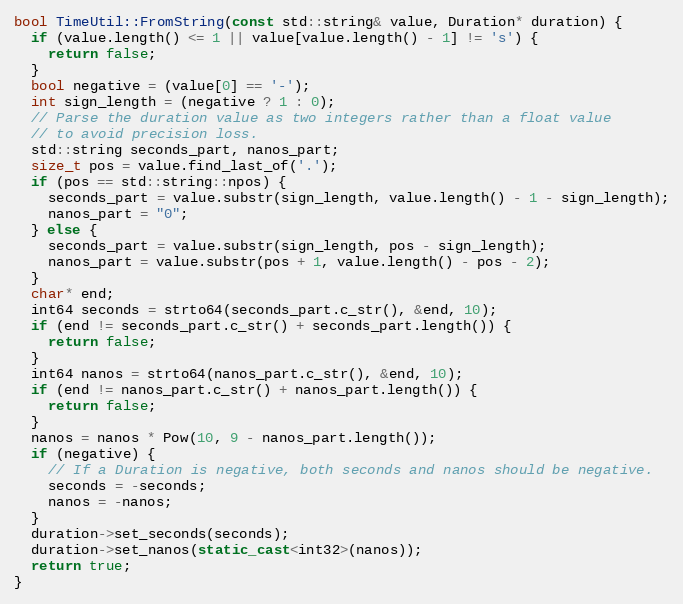
Language: C++
bool TimeUtil::FromString(const std::string& value, Duration* duration) {
  if (value.length() <= 1 || value[value.length() - 1] != 's') {
    return false;
  }
  bool negative = (value[0] == '-');
  int sign_length = (negative ? 1 : 0);
  // Parse the duration value as two integers rather than a float value
  // to avoid precision loss.
  std::string seconds_part, nanos_part;
  size_t pos = value.find_last_of('.');
  if (pos == std::string::npos) {
    seconds_part = value.substr(sign_length, value.length() - 1 - sign_length);
    nanos_part = "0";
  } else {
    seconds_part = value.substr(sign_length, pos - sign_length);
    nanos_part = value.substr(pos + 1, value.length() - pos - 2);
  }
  char* end;
  int64 seconds = strto64(seconds_part.c_str(), &end, 10);
  if (end != seconds_part.c_str() + seconds_part.length()) {
    return false;
  }
  int64 nanos = strto64(nanos_part.c_str(), &end, 10);
  if (end != nanos_part.c_str() + nanos_part.length()) {
    return false;
  }
  nanos = nanos * Pow(10, 9 - nanos_part.length());
  if (negative) {
    // If a Duration is negative, both seconds and nanos should be negative.
    seconds = -seconds;
    nanos = -nanos;
  }
  duration->set_seconds(seconds);
  duration->set_nanos(static_cast<int32>(nanos));
  return true;
}